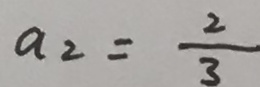
a _ { 2 } = \frac { 2 } { 3 }